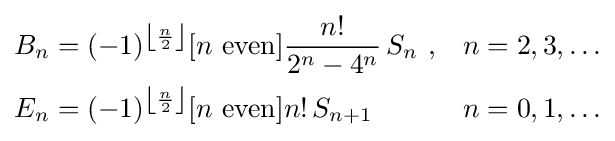
{\begin{aligned}B_{n}&=(-1)^{\left\lfloor {\frac {n}{2}}\right\rfloor }[n{\text{ even}}]{\frac {n!}{2^{n}-4^{n}}}\,S_{n}\ ,&n&=2,3,\ldots \\E_{n}&=(-1)^{\left\lfloor {\frac {n}{2}}\right\rfloor }[n{\text{ even}}]n!\,S_{n+1}&n&=0,1,\ldots \end{aligned}}